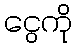
ငွေကို